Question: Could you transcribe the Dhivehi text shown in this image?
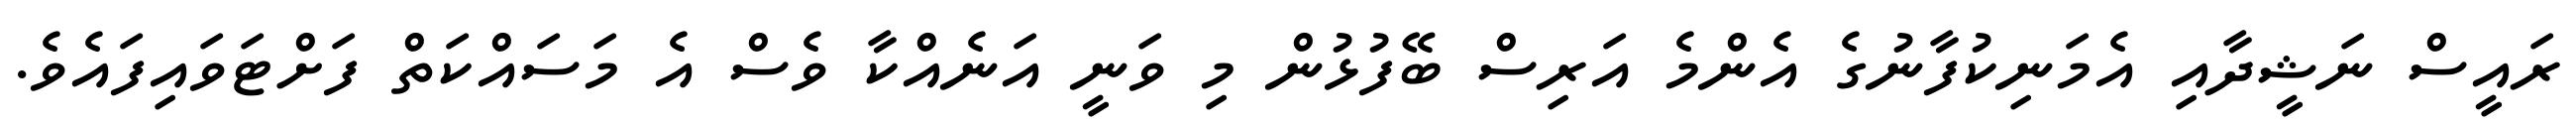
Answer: ރައީސް ނަޝީދާއި އެމަނިކުފާނުގެ އެންމެ އަރިސް ބޭފުޅުން މި ވަނީ އަނެއްކާ ވެސް އެ މަސައްކަތް ފަށްޓަވައިފައެވެ.